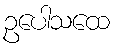
ဥပေါသထေ